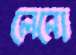
লেনো